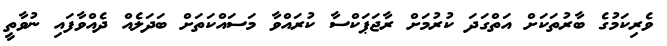
ވެރިކަމުގެ ބާރުތަކަށް އަތްގަދަ ކުރުމަށް ރާޖަޕަކްސާ ކުރައްވާ މަސައްކަތަށް ބަދަލެއް ދެއްވާފައި ނުވާތީ